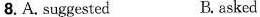
8.A, suggested B. asked